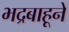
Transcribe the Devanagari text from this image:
भद्रबाहूने